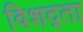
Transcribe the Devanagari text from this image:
विशद्ता